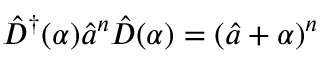
\hat { D } ^ { \dag } ( \alpha ) \hat { a } ^ { n } \hat { D } ( \alpha ) = ( \hat { a } + \alpha ) ^ { n }